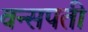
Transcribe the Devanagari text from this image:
वन्सपती